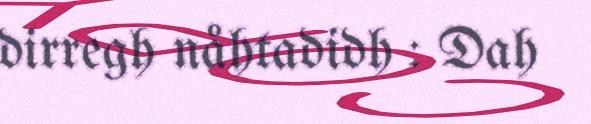
dirregh nåhtadidh : Dah